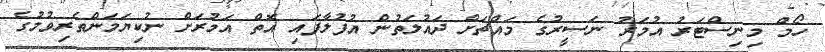
ހޯމް މިނިސްޓަރު އުމަރު ނަސީރުގެ މައްޗަށް ދައުލަތުން އުފުލާފައި އޮތް އަމުރަށް ނުކިޔަމަންތެރިވުމުގެ